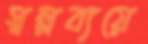
স্বল্পব্যয়ে